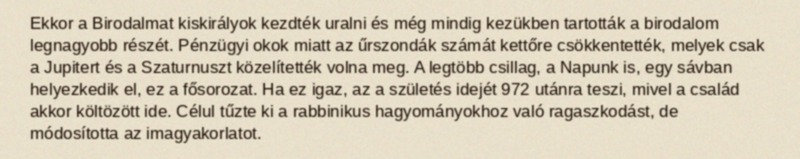
Ekkor a Birodalmat kiskirályok kezdték uralni és még mindig kezükben tartották a birodalom legnagyobb részét. Pénzügyi okok miatt az űrszondák számát kettőre csökkentették, melyek csak a Jupitert és a Szaturnuszt közelítették volna meg. A legtöbb csillag, a Napunk is, egy sávban helyezkedik el, ez a fősorozat. Ha ez igaz, az a születés idejét 972 utánra teszi, mivel a család akkor költözött ide. Célul tűzte ki a rabbinikus hagyományokhoz való ragaszkodást, de módosította az imagyakorlatot.